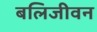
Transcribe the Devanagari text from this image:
बलिजीवन